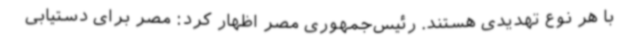
با هر نوع تهدیدی هستند. رئیس‌جمهوری مصر اظهار کرد: مصر برای دستیابی